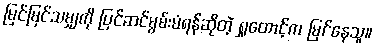
မြင်မြင်သမျှကို ပြင်ဆင်မွမ်းမံရန်ဆိုတဲ့ ရှုထောင့်က မြင်နေသူ။